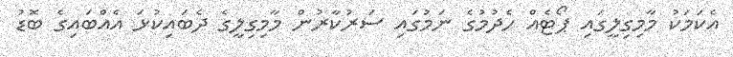
އެކަމަކު މާމިގިލީގައި ޕޯޓެއް ހެދުމުގެ ނަމުގައި ސަރުކާރުން މާމިގިލީގެ ދެބައިކުޅަ އެއްބައިގެ ބޮޑު